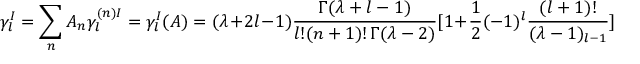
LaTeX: \gamma _ { l } ^ { I } = \sum _ { n } A _ { n } \gamma _ { l } ^ { ( n ) I } = \gamma _ { l } ^ { I } ( A ) = ( \lambda + 2 l - 1 ) \frac { \Gamma ( \lambda + l - 1 ) } { l ! ( n + 1 ) ! \, \Gamma ( \lambda - 2 ) } [ 1 + \frac { 1 } { 2 } ( - 1 ) ^ { l } \frac { ( l + 1 ) ! } { ( \lambda - 1 ) _ { l - 1 } } ]